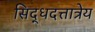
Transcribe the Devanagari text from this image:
सिद्धदत्तात्रेय